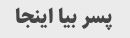
پسر بیا اینجا